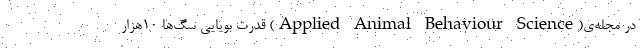
در مجله‌ی(Applied Animal Behaviour Science) قدرت بویایی سگ‌ها ۱۰هزار